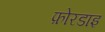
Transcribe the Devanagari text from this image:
फ़ोरडाइ